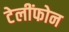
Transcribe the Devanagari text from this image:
टेलींफोन